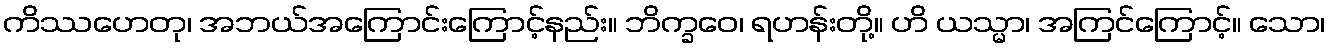
ကိဿဟေတု၊ အဘယ်အကြောင်းကြောင့်နည်း။ ဘိက္ခဝေ၊ ရဟန်းတို့။ ဟိ ယသ္မာ၊ အကြင်ကြောင့်။ သော၊